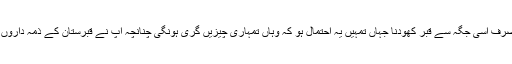
آیت اللہ یونس(رح) نے فرمایا: تم صرف اسی جگہ سے قبر کھودنا جہاں تمہیں یہ احتمال ہو کہ وہاں تمہاری چیزیں گری ہونگی چنانچہ آپ نے قبرستان کے ذمہ داروں کے نام ایک خط بھی تحریر کردیا۔